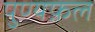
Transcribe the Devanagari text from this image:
पुण्यफ़ल